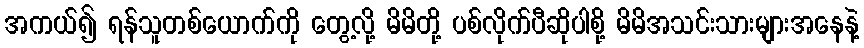
အကယ်၍ ရန်သူတစ်ယောက်ကို တွေ့လို့ မိမိတို့ ပစ်လိုက်ပီဆိုပါစို့ မိမိအသင်းသားများအနေနဲ့